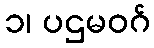
၁၊ ပဌမဝဂ်